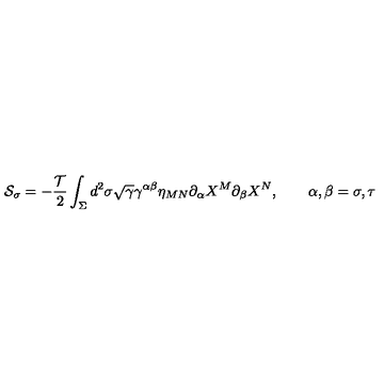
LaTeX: { \cal S } _ { \sigma } = - \frac { { \cal T } } { 2 } \int _ { \Sigma } d ^ { 2 } \sigma \sqrt { \gamma } \gamma ^ { \alpha \beta } \eta _ { M N } \partial _ { \alpha } X ^ { M } \partial _ { \beta } X ^ { N } , \qquad \alpha , \beta = \sigma , \tau